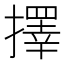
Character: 擇